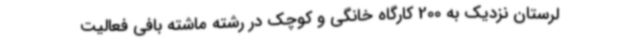
لرستان نزدیک به 200 کارگاه خانگی و کوچک در رشته ماشته بافی فعالیت